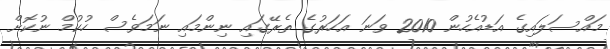
މައްސަލައިގެ އަޑުއެހުން 2010 ވަނަ އަހަރުގެ ތެރޭގައި ނިންމައި ނަމަވެސް ހުކުމް ނުކޮށް